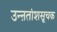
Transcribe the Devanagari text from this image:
उन्ऩतांशसूचक